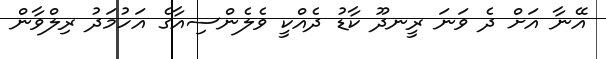
އޭނާ އަށް ދެ ވަނަ ރީނދޫ ކާޑު ދެއްކީ ވެލެންސިއާގެ އަހުމަދު ރިލްވާން